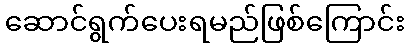
ဆောင်ရွက်ပေးရမည်ဖြစ်ကြောင်း